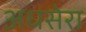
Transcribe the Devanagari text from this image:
अधसेरा